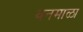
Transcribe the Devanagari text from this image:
वनमाळा